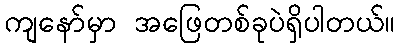
ကျနော်မှာ အဖြေတစ်ခုပဲရှိပါတယ်။